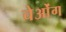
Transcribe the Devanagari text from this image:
चेओंग